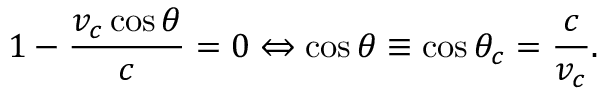
1 - \frac { v _ { c } \cos \theta } { c } = 0 \Leftrightarrow \cos \theta \equiv \cos \theta _ { c } = \frac { c } { v _ { c } } .